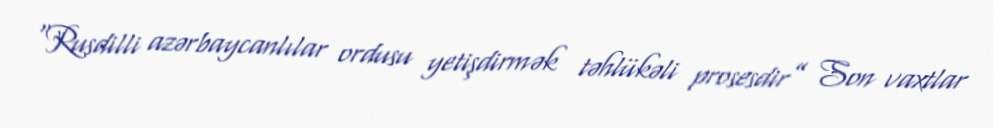
“Rusdilli azərbaycanlılar ordusu yetişdirmək təhlükəli prosesdir” Son vaxtlar